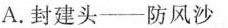
A.封建头——防风沙